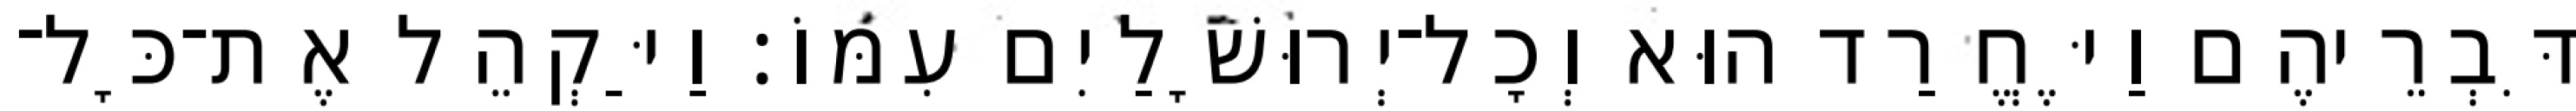
דִּבְרֵיהֶם וַיֶּחֱרַד הוּא וְכָל־יְרוּשָׁלַיִם עִמּוֹ׃ וַיַּקְהֵל אֶת־כָּל־